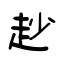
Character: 赻